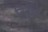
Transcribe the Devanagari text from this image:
तिहींचे